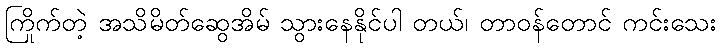
ကြိုက်တဲ့ အသိမိတ်ဆွေအိမ် သွားနေနိုင်ပါ တယ်၊ တာဝန်တောင် ကင်းသေး